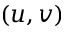
( u , v )